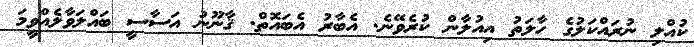
ކުއްލި ނުރައްކަލުގެ ހާލަތު އިއުލާން ކުރެވޭނެ. އެބާރު އެބައޮތް. ޤާނޫނު އަސާސީ ބައްލަވާލެއްވީމަ